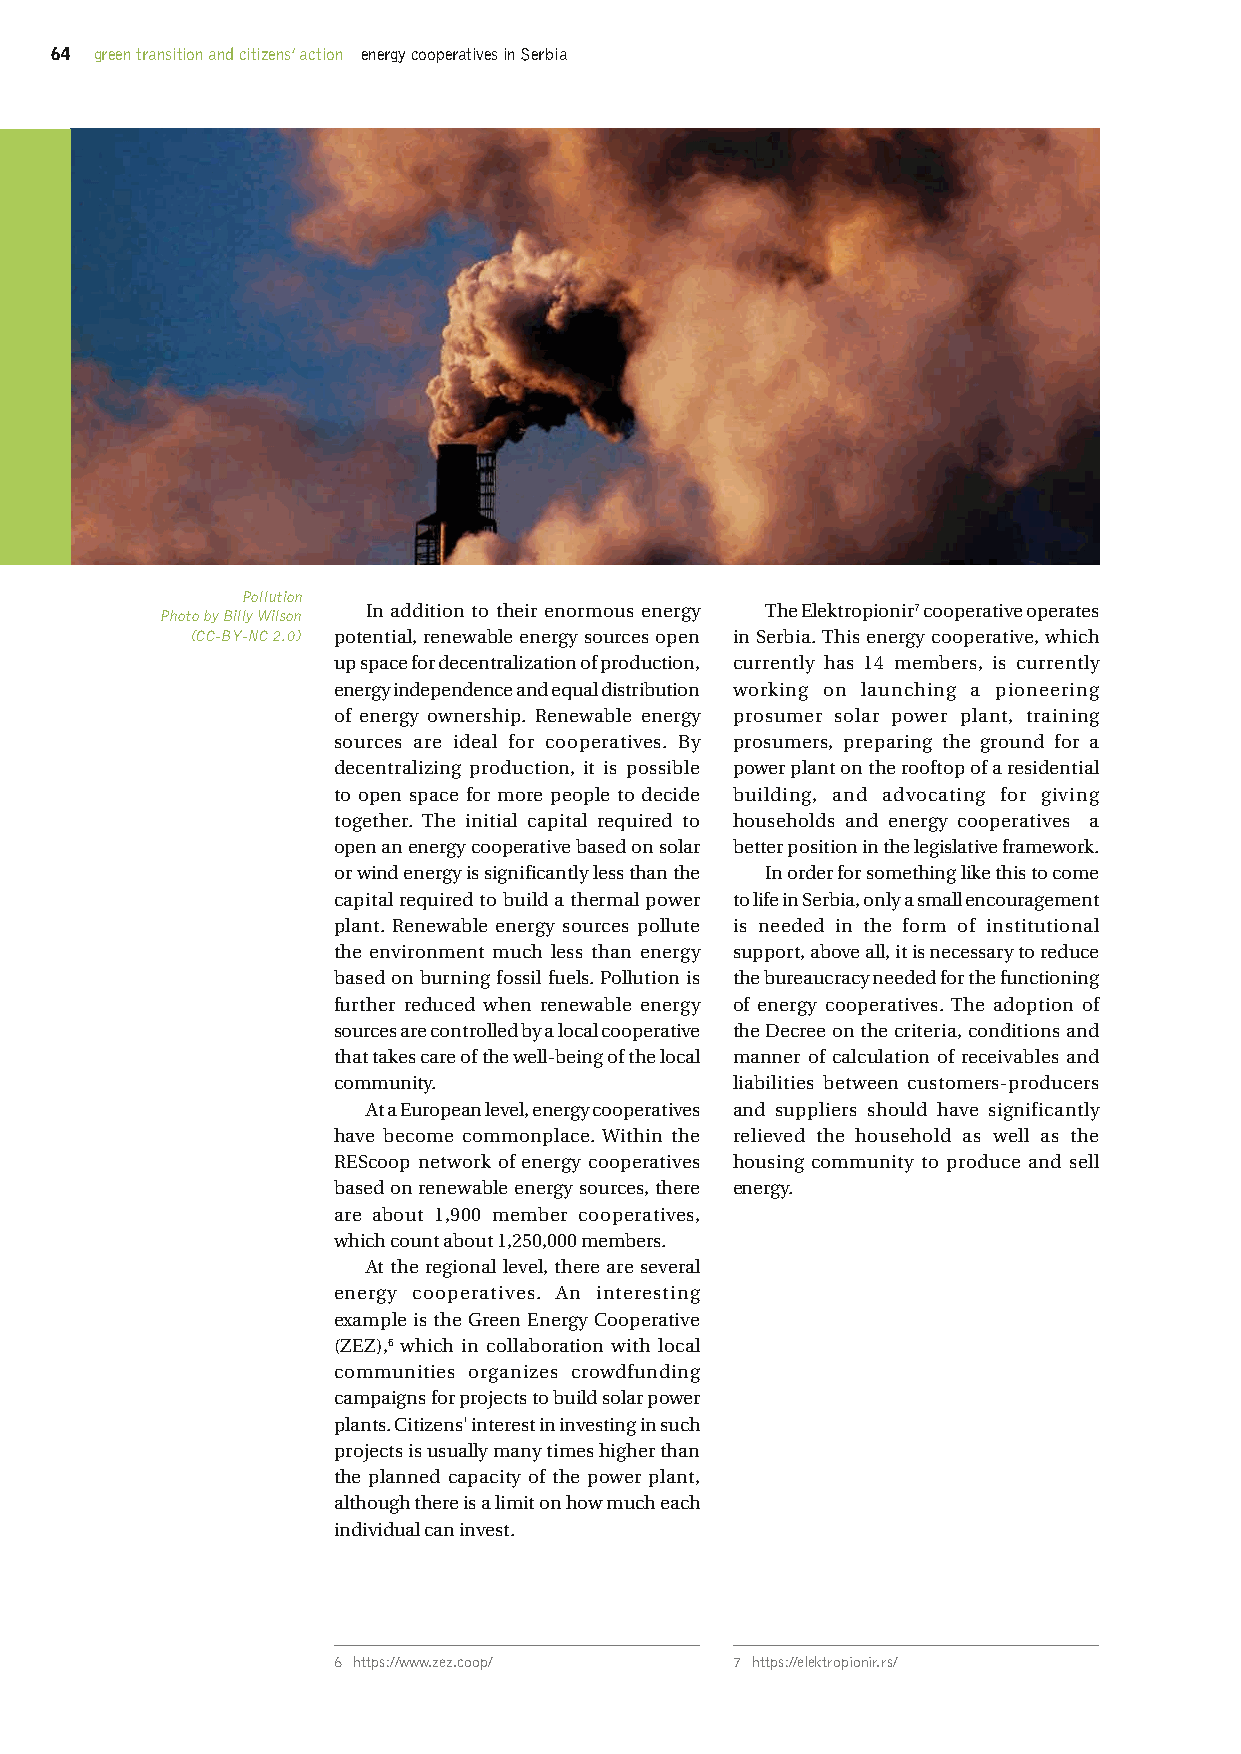
64 green transition and citizens’ action energy cooperatives in Serbia
 Pollution
 In addition to their enormous energy The Elektropionir7 cooperative operates
 Photo by Billy Wilson
 (CC-BY-NC 2.0) potential, renewable energy sources open in Serbia. This energy cooperative, which
 up space for decentralization of production, currently has 14 members, is currently
 energy independence and equal distribution working on launching a pioneering
 of energy ownership. Renewable energy prosumer solar power plant, training
 sources are ideal for cooperatives. By prosumers, preparing the ground for a
 decentralizing production, it is possible power plant on the rooftop of a residential
 to open space for more people to decide building, and advocating for giving
 together. The initial capital required to households and energy cooperatives a
 open an energy cooperative based on solar better position in the legislative framework.
 or wind energy is significantly less than the In order for something like this to come
 capital required to build a thermal power to life in Serbia, only a small encouragement
 plant. Renewable energy sources pollute is needed in the form of institutional
 the environment much less than energy support, above all, it is necessary to reduce
 based on burning fossil fuels. Pollution is the bureaucracy needed for the functioning
 further reduced when renewable energy of energy cooperatives. The adoption of
 sources are controlled by a local cooperative the Decree on the criteria, conditions and
 that takes care of the well-being of the local manner of calculation of receivables and
 community.                liabilities between customers-producers
 At a European level, energy cooperatives and suppliers should have significantly
 have become commonplace. Within the relieved the household as well as the
 REScoop network of energy cooperatives housing community to produce and sell
 based on renewable energy sources, there energy.
 are about 1,900 member cooperatives,
 which count about 1,250,000 members.
 At the regional level, there are several
 energy cooperatives. An interesting
 example is the Green Energy Cooperative
 (ZEZ),6 which in collaboration with local
 communities organizes crowdfunding
 campaigns for projects to build solar power
 plants. Citizens' interest in investing in such
 projects is usually many times higher than
 the planned capacity of the power plant,
 although there is a limit on how much each
 individual can invest.
 6 https://www.zez.coop/   7 https://elektropionir.rs/